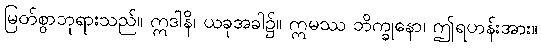
မြတ်စွာဘုရားသည်။ ဣဒါနိ၊ ယခုအခါ၌။ ဣမဿ ဘိက္ခုနော၊ ဤရဟန်းအား။